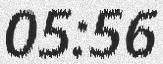
05:56